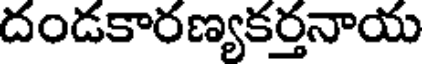
దండకారణ్యకర్తనాయ